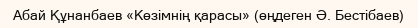
Абай Құнанбаев «Көзімнің қарасы» (өңдеген Ә. Бестібаев)